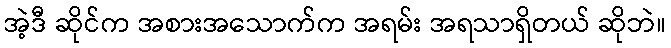
အဲ့ဒီ ဆိုင်က အစားအသောက်က အရမ်း အရသာရှိတယ် ဆိုဘဲ။